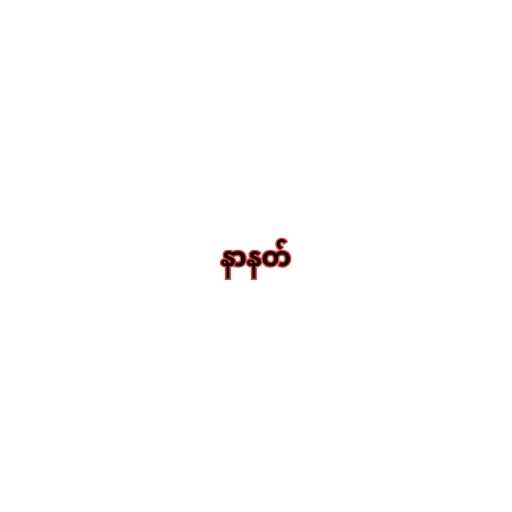
နာနတ်